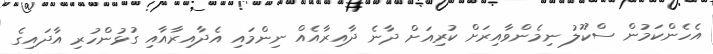
އެހެންކަމުން ސްކޫލު ނިމެންވާއިރަށް ކުރިއަށް ދާނެ ދާއިރާއެއް ނިންމައި އެދާއިރާއާއި ގުޅުންހުރި އާދައިގެ